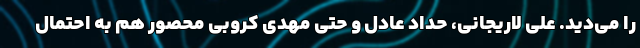
را می‌دید. علی لاریجانی، حداد عادل و حتی مهدی کروبی محصور هم به احتمال